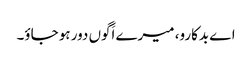
اے بدکارو، میرے اَگوں دور ہو جاؤ۔